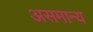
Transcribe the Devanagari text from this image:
असमान्‍य